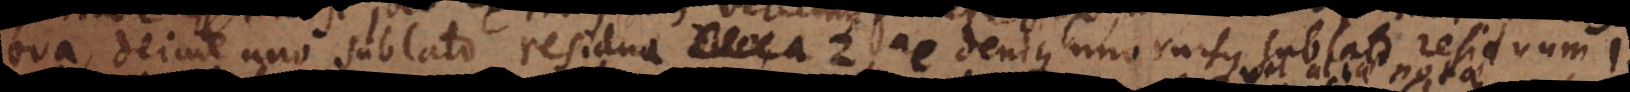
ova, deinde uno sublato residua 2, ac denique uno rursus sublato residuu